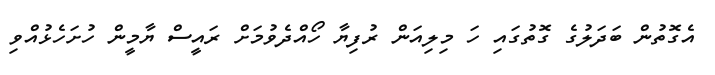
އެގޮތުން ބަދަލުގެ ގޮތުގައި ހަ މިލިއަން ރުފިޔާ ހޯއްދެވުމަށް ރައީސް ޔާމީން ހުށަހެޅުއްވި